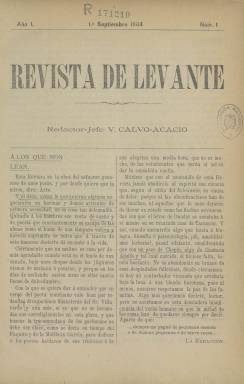
Título: Revista de Levante
Colección: Cultura
Ámbito geográfico: Valencia
Lugar de publicación: Valencia
Fechas: 01/09/1904-01/12/1904